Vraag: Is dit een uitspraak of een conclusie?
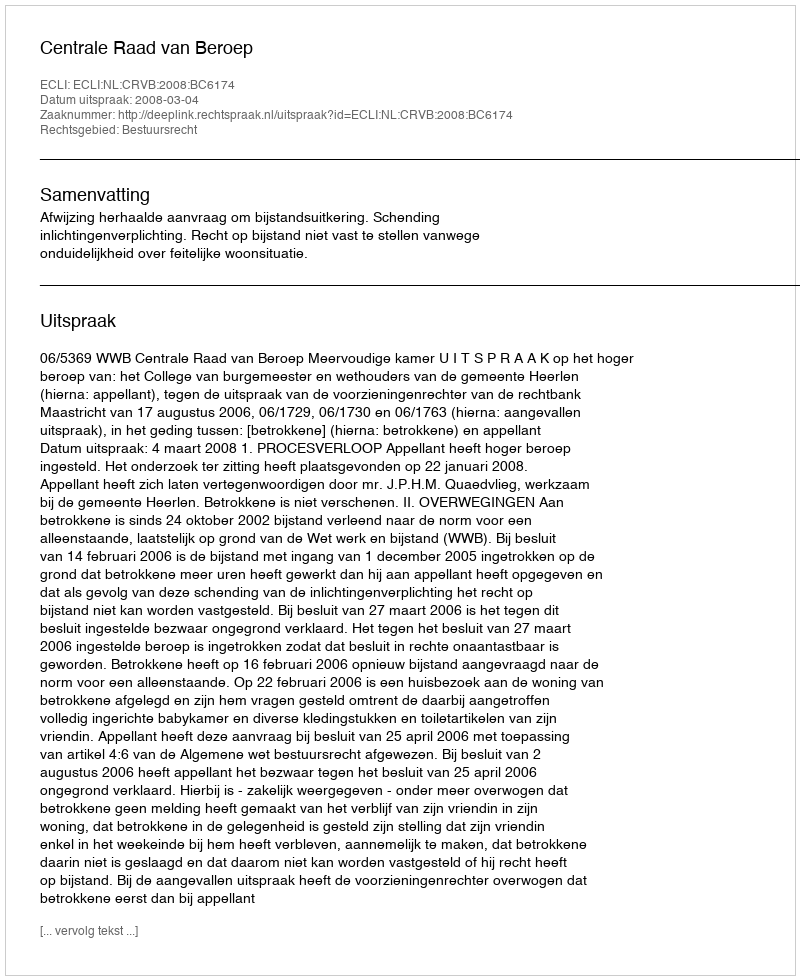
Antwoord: Uitspraak